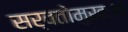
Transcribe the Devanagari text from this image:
सर्वतोमुखः।।